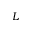
L